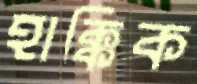
হাক্কিক